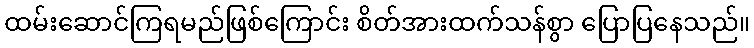
ထမ်းဆောင်ကြရမည်ဖြစ်ကြောင်း စိတ်အားထက်သန်စွာ ပြောပြနေသည်။